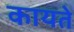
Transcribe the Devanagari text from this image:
कायते